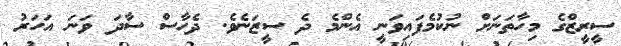
ސީރީޒްގެ މިހާތަނަށް ނުކުމެފައިވަނީ އެންމެ ދެ ސީޒަނެވެ. ދެހާސް ސާދަ ވަނަ އަހަރު